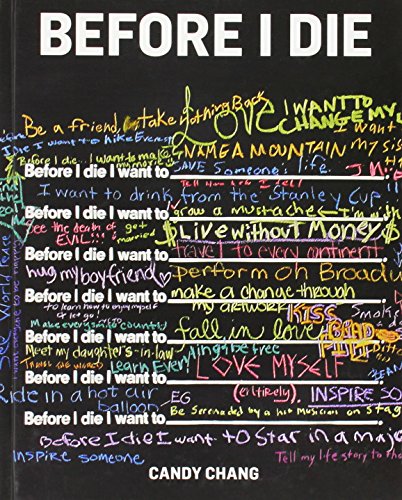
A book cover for Before I Die; Candy Chang; Arts & Photography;